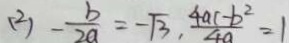
( 2 ) - \frac { b } { 2 a } = - \sqrt { 3 } , \frac { 4 a c - b ^ { 2 } } { 4 a } = 1